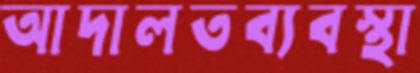
আদালতব্যবস্থা